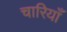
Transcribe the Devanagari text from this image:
चारियाँ